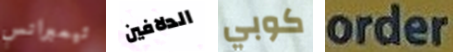
تيمبرانس الدلافين كوبي order